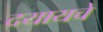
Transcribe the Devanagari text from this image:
दयायचे